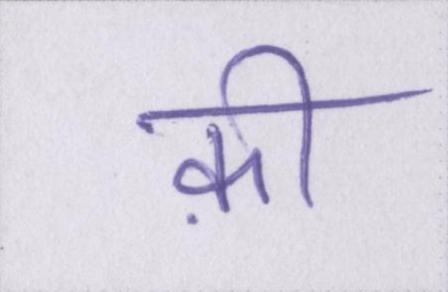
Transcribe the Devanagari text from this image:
क़ी